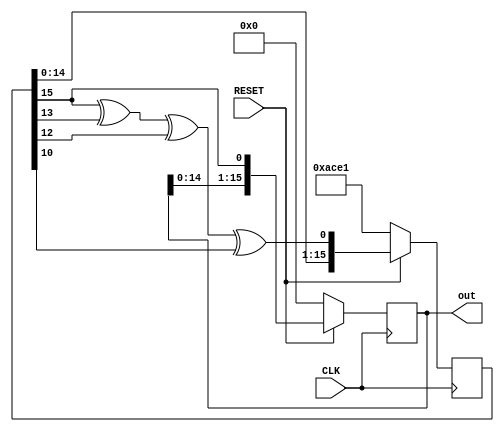
`timescale 1ns / 1ps
module lfsr(CLK, RESET, out);

parameter WL = 16;

input CLK;
input RESET;
output reg [(WL - 1):0] out;

reg [(WL - 1):0] register;
wire tap;

always @(posedge CLK) begin
    if (RESET == 0) begin
        register <= 16'b1010110011100001;
        out <= 0;
    end else begin
        register <= {register[(WL - 2):0], tap};
        out <= {out[(WL - 2):0], register[WL - 1]};
    end
end

assign tap = register[WL - 1] ^ register[WL - 3] ^ register[WL - 4] ^ register[WL - 6];

endmodule